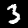
Digit: 3